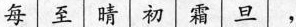
每至晴初霜旦，